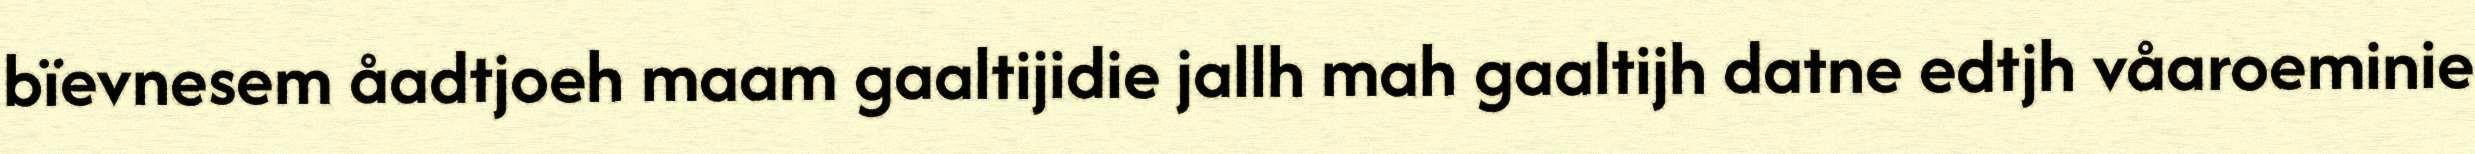
bïevnesem åadtjoeh maam gaaltijidie jallh mah gaaltijh datne edtjh våaroeminie